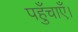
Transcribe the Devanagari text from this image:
पहुँचाएँ।